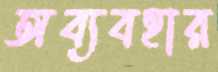
অব্যবহার